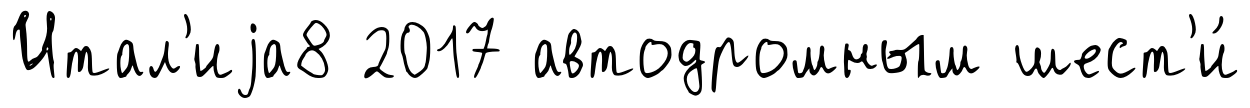
Итал'иjа8 2017 автодромным шест'и́